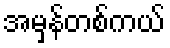
အမှန်တစ်ကယ်